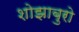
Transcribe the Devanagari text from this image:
शोझाबुरो